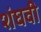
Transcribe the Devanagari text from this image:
शंघवी